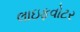
લાઇફવોટર